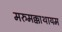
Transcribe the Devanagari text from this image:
मरुमक्काथायम